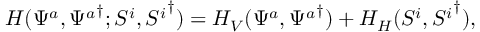
{ \cal { H } } ( \Psi ^ { a } , { \Psi ^ { a } } ^ { \dagger } ; S ^ { i } , { S ^ { i } } ^ { \dagger } ) = { \cal { H } } _ { V } ( \Psi ^ { a } , { \Psi ^ { a } } ^ { \dagger } ) + { \cal { H } } _ { H } ( S ^ { i } , { S ^ { i } } ^ { \dagger } ) ,